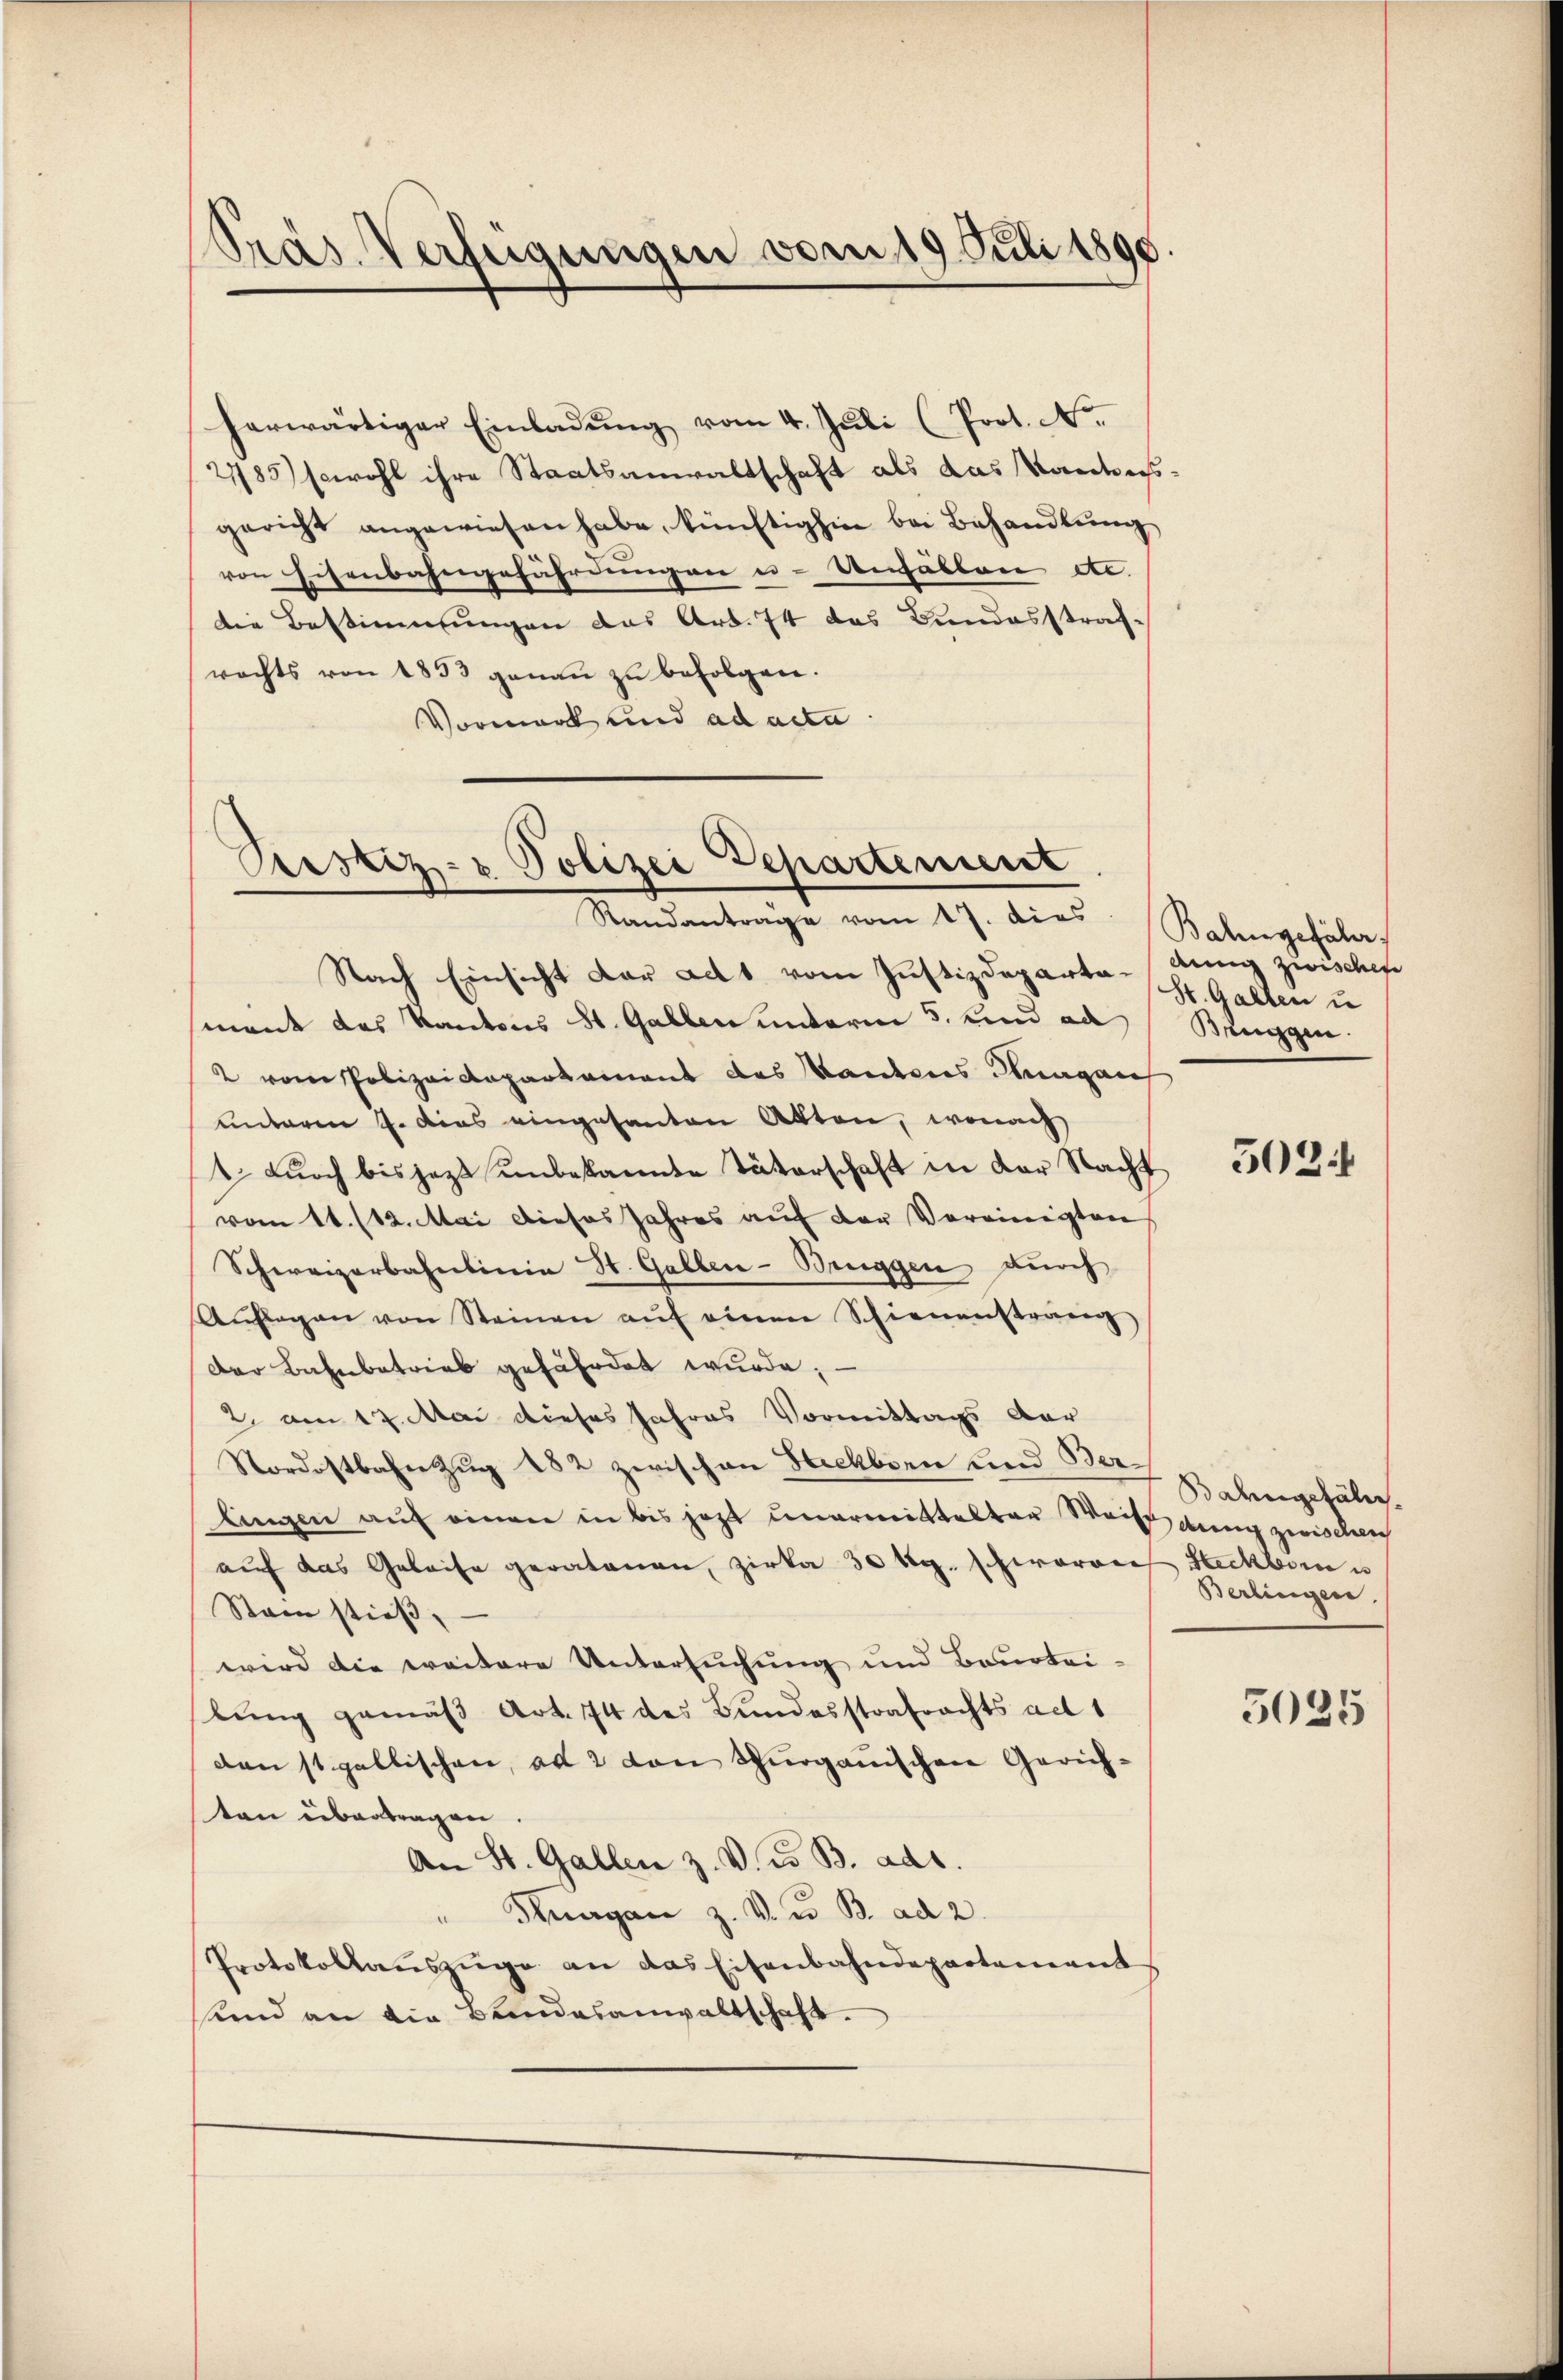
Präs. Verfügungen vom 19. Juli 1890.

herwärtiger Einladŭng vom 4. Juli (Prot. N.
2185) sowohl ihre Staatsanwaltschaft als das Kantons-
gericht angewiesen habe, künftighin bei Behandlŭng
von Eisenbahngefährdungen u. Unfällen etc.
die Bestimmungen das Art. 74 das Bundesstraf-
rachts von 1853 genaŭ zŭ befolgen.
Vormark und ad acta

Prestiz- & Polizei Departement
d
Randantrage vom 17. dies
Nach Einsicht dar ad 1. vom Justizdepartagung zwisches

ment das Kantons St. Gallen unterm 5. und ad
2 vom Polizeidepartement des Kautens Magan
unterm 4. Das eingesanten Akten, wonach
1. Durch bis jezt unbekannte Väterschaft in der Nacht
vom 11. /12. Mai dieses Jahres auf der Vereinigten
Schweizerbahnlinie St. Gallen-Bruggen durch
Aŭflagen von Steinen aŭf einen Schienenstreng
Der Bahnbetrieb gefährdet wurde;
2. am 17. Mai dieses Jahres Vormittags dar
Nordostbahn Zug 182 zwischen Steckborn und Ber
lingen auf einer in bis jetzt unermittelter Weiß eing zwischeich
auf das Geleise geratonen, zirka 30 tg. schwaron Steckborn u
Stain stieß,
wird die weitere Untersuchung und Beurtei-
lung gemäß Art. 74 des Bundesstrafrachts ad 1
denst gallischen, ad 2 von Thurgauischen Gerichten übertragen.
An St. Gallen z. V. Co. B. ad.
Hurrgan z. V. u. B. ad 2.
Protokollauszüge an das Eisenbahndepartement
sind an die Bundesanwaltschaft.

Bahngefähr
St. Gallen u
Beuggen.

502

Bahngefäl¬
Berlingen.

5025